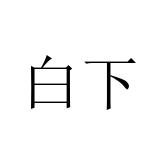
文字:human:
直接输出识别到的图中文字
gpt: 白下